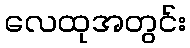
လေထုအတွင်း